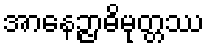
အာနေဉ္ဇာဓိမုတ္တဿ